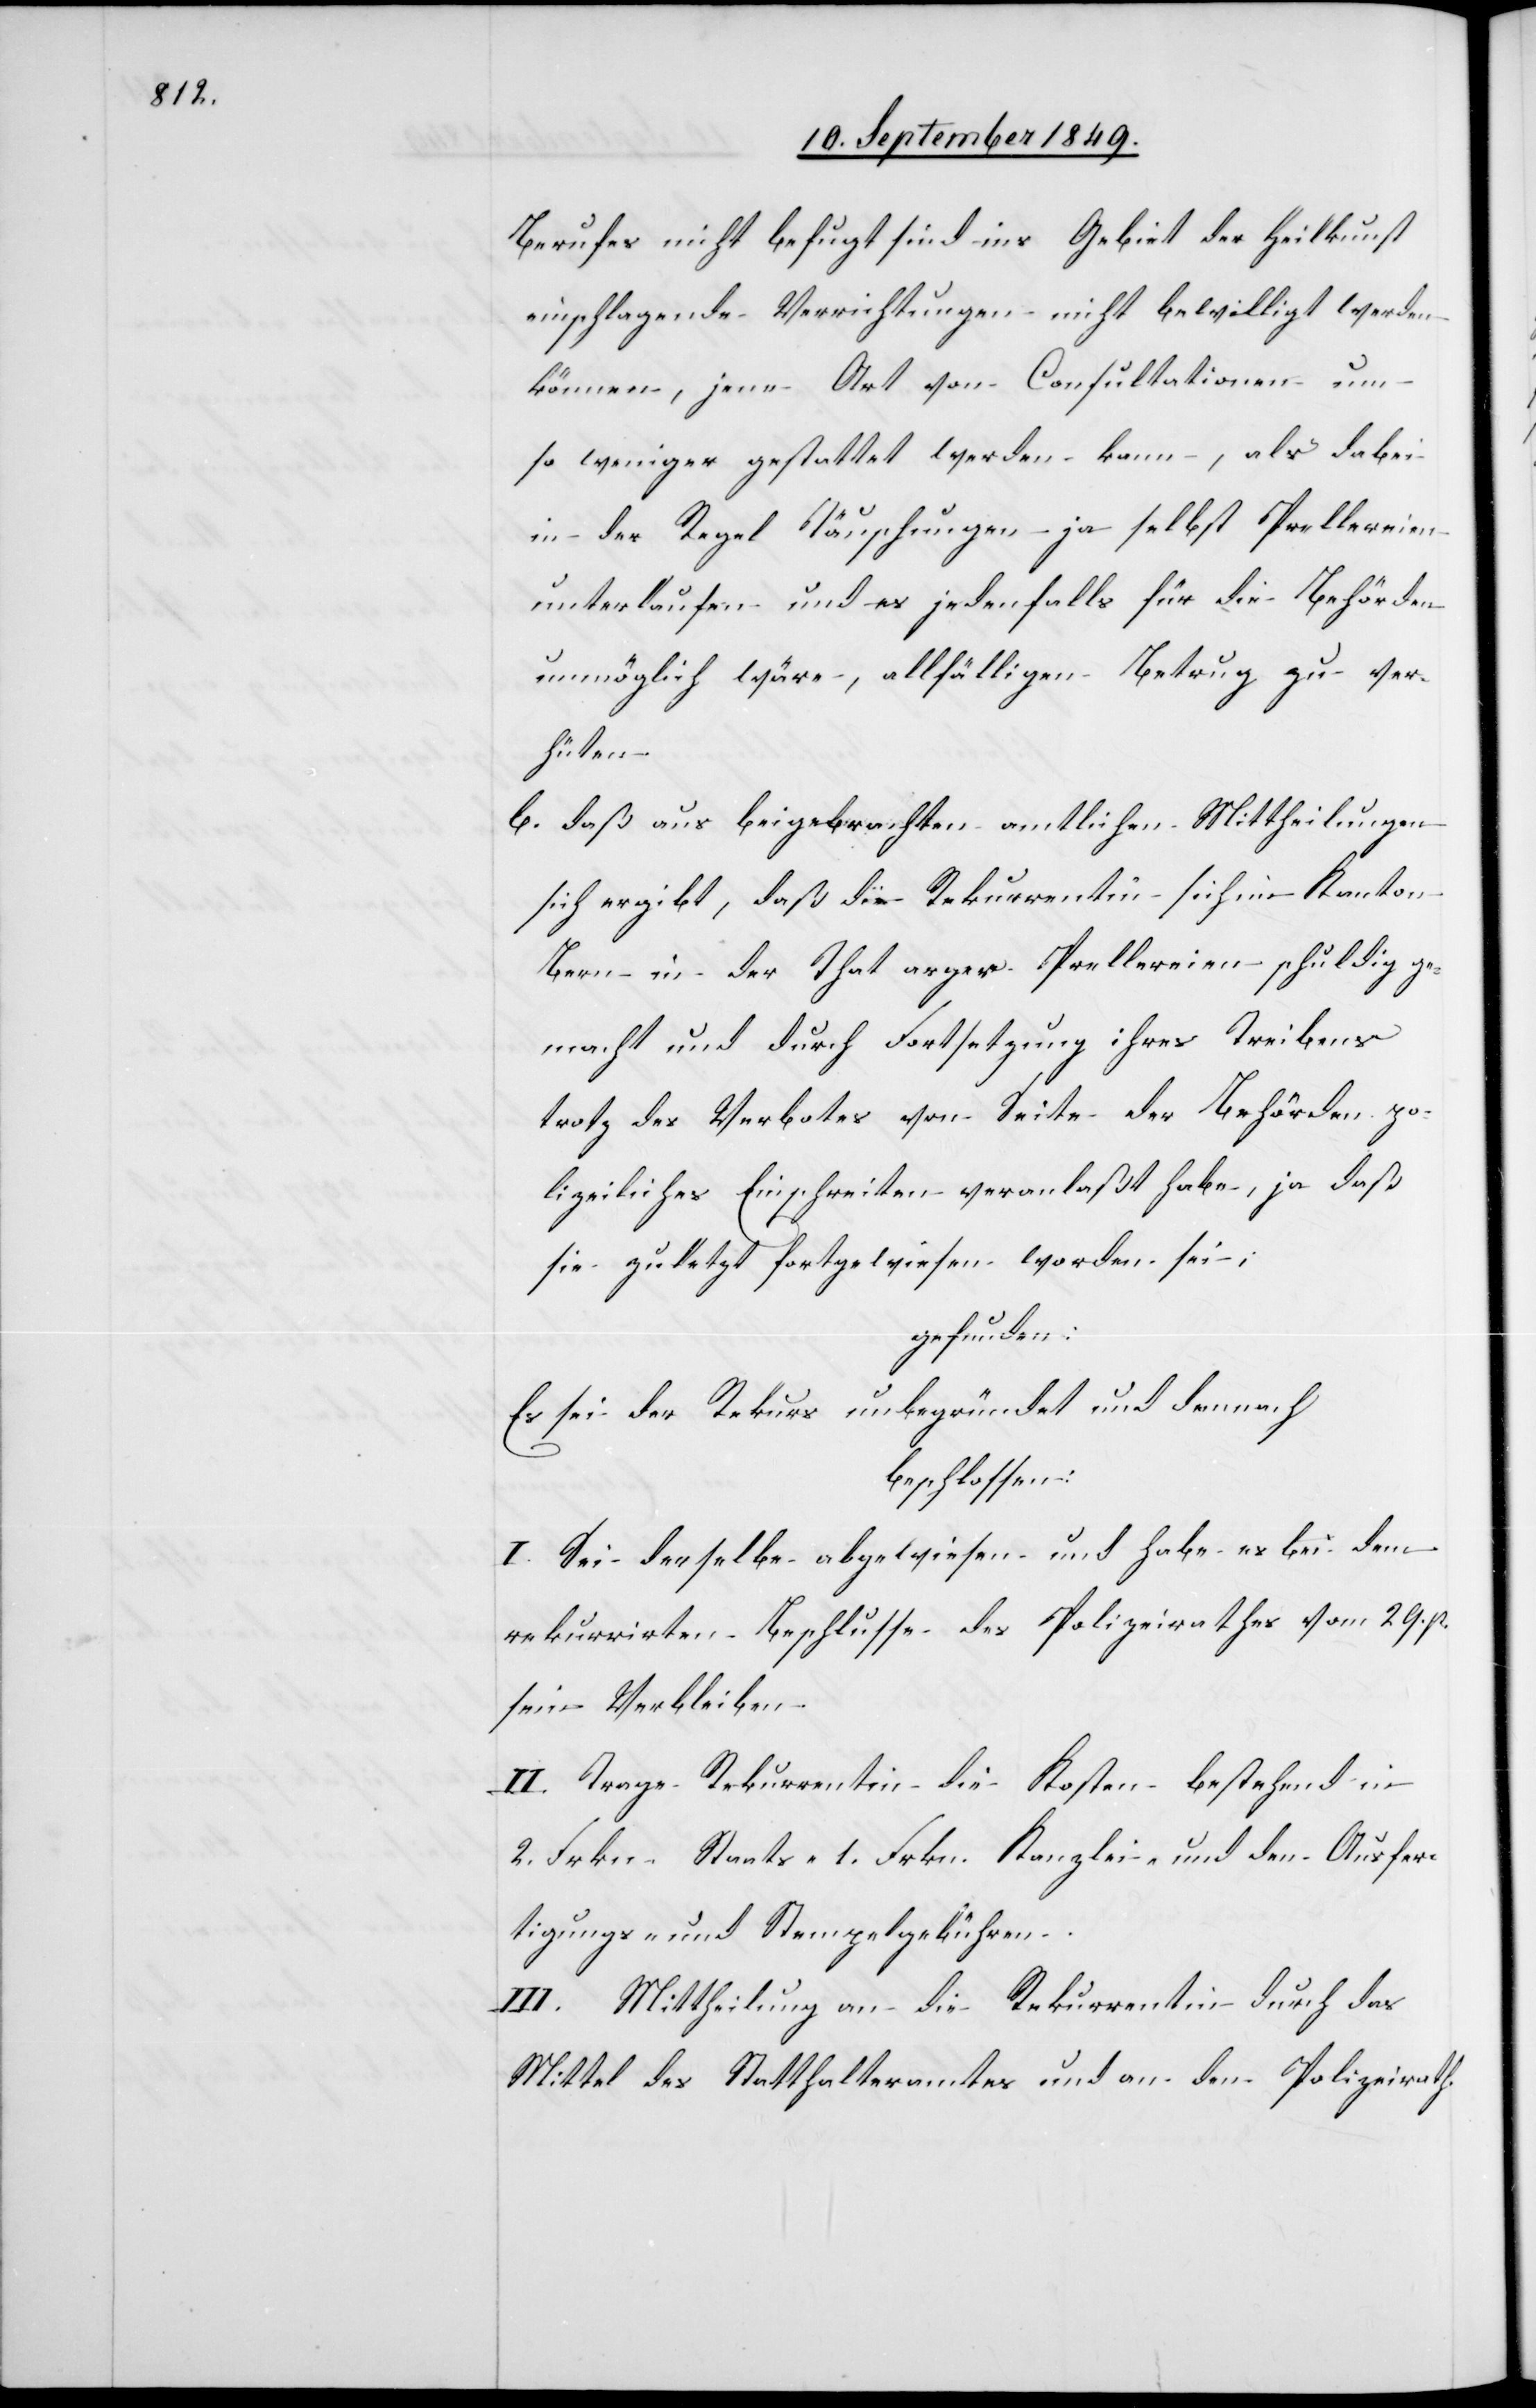
Berufes nicht befugt sind ins Gebiet der Heilkunst
einschlagende Verrichtungen nicht bewilligt werden
können, jene Art von Consultationen um
so weniger gestattet werden kann, als dabei
in der Regel Täuschungen ja selbst Prellereien
unterlaufen und es jedenfalls für die Behörden
unmöglich wäre, allfälligen Betrug zu ver¬
hüten.
b. daß aus beigebrachten amtlichen Mittheilungen
sich ergibt, daß die Rekurrentin sich im Kanton
Bern in der That arger Prellereien schuldig ge¬
macht und durch Fortsetzung ihres Treibens
trotz des Verbotes von Seite der Behörden po¬
lizeiliches Einschreiten veranlaßt habe, ja daß
sie zuletzt fortgewiesen worden sei;
gefunden
Es sei der Rekurs unbegründet und demnach
beschlossen:
I. Sei derselbe abgewiesen und habe es bei dem
rekurrirten Beschlusse des Polizeirathes vom 29. p.
sein Verbleiben.
II. Trage Rekurrentin die Kosten bestehend in
2. Frkn. Staats-[,] 1. Frkn. Kanzlei- und den Ausfer¬
tigungs- und Stempelgebühren.
III. Mittheilung an die Rekurrentin durch das
Mittel des Statthalteramtes und an den Polizeirath.